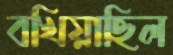
বখিয়াছিল